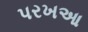
પરખઆ